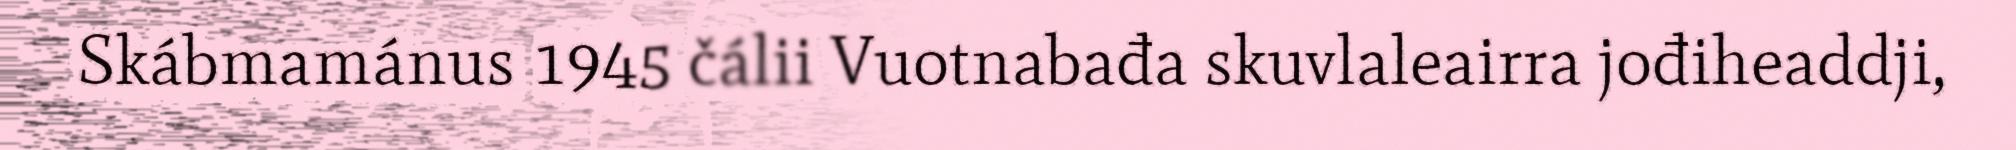
Skábmamánus 1945 čálii Vuotnabađa skuvlaleairra jođiheaddji,